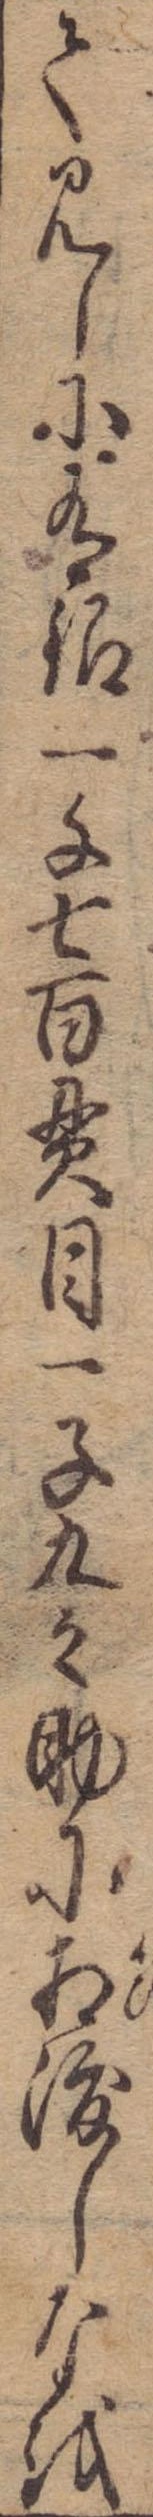
て見しに有銀一千七百貫目一子九之助に相渡しなを